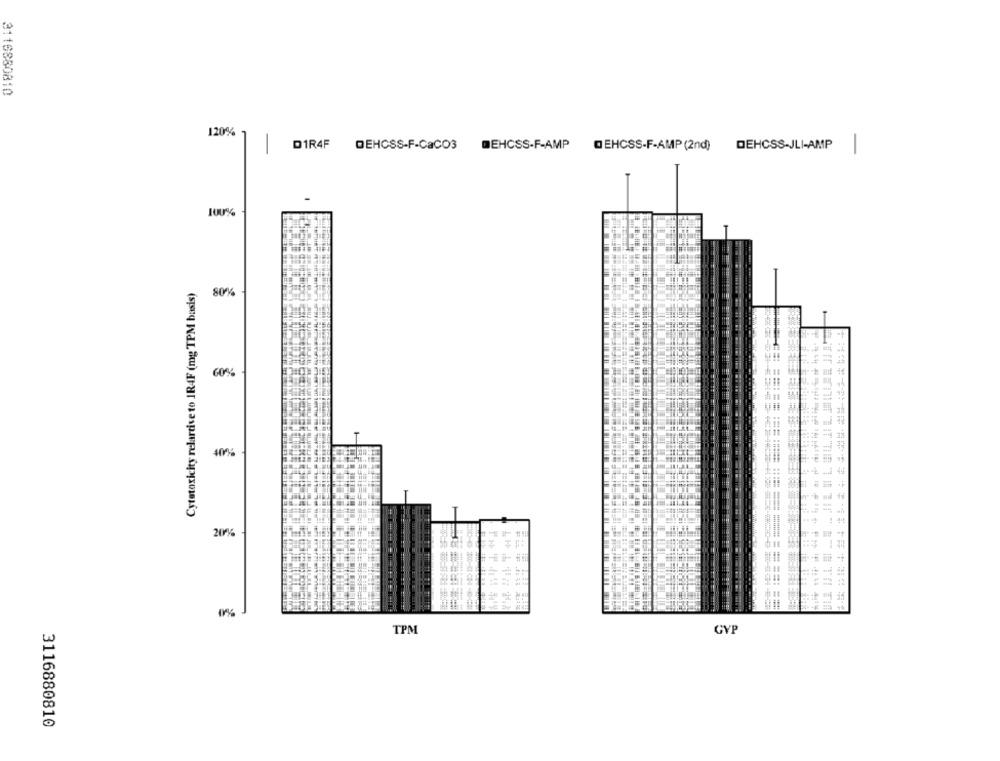
3116880810
120%
D1R4F DEHCSS-F-CaCO3
BEHCSS-F-AMP DEHCSS-F-AMP (2nd) DEHCSS-JLI-AMP
1
100%
Cytotoxicity relartive to 1R4F (mg TPM basis)
80%
60%
40%
20%
0%
TPM
GVP
3116880810